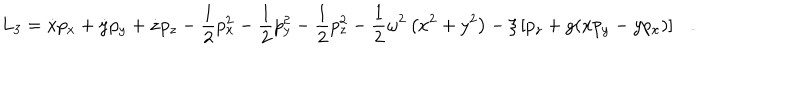
L _ { 3 } = \dot { x } p _ { x } + \dot { y } p _ { y } + \dot { z } p _ { z } - \frac { 1 } { 2 } p _ { x } ^ { 2 } - \frac { 1 } { 2 } p _ { y } ^ { 2 } - \frac { 1 } { 2 } p _ { z } ^ { 2 } - \frac { 1 } { 2 } \omega ^ { 2 } \left( x ^ { 2 } + y ^ { 2 } \right) - \xi \left[ p _ { z } + g ( x p _ { y } - y p _ { x } ) \right] \ \ \ .